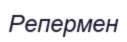
Репермен